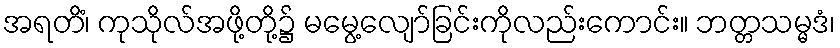
အရတိံ၊ ကုသိုလ်အဖို့တို့၌ မမွေ့လျော်ခြင်းကိုလည်းကောင်း။ ဘတ္တသမ္မဒံ၊